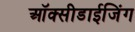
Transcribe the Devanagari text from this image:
ऑक्सीडाईजिंग